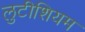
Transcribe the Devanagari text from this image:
लुटीशियम